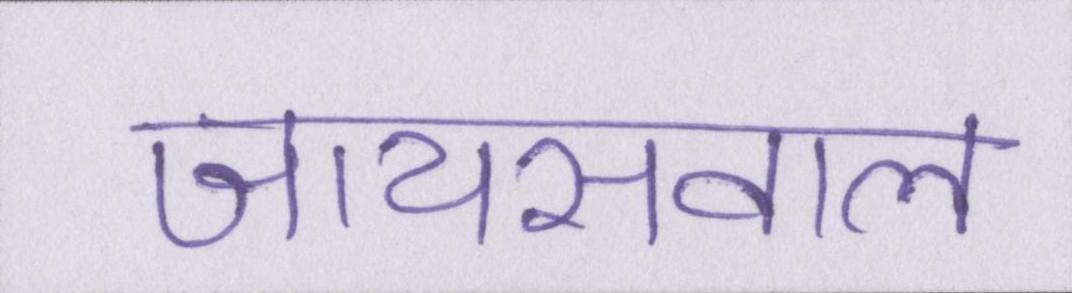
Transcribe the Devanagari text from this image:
जायसवाल